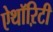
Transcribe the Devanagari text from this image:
ऐथॉऱिटी